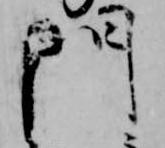
門